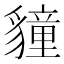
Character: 𮙬